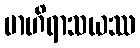
ဗာဟိရာသယဿ